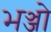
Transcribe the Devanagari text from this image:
भञ्जो